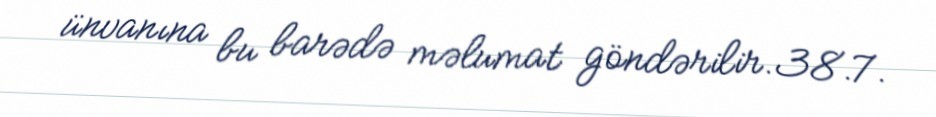
ünvanına bu barədə məlumat göndərilir.38.7.